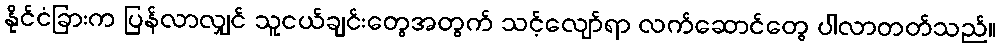
နိုင်ငံခြားက ပြန်လာလျှင် သူငယ်ချင်းတွေအတွက် သင့်လျော်ရာ လက်ဆောင်တွေ ပါလာတတ်သည်။